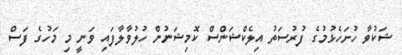
ޝަކުވާ ހުށަހެޅުމުގެ ފުރުސަތު އިލެކްޝަންސް ކޮމިޝަނުން ހުލުވާލާފައި ވަނީ މި މަހުގެ ފަސް